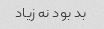
بد بود نه زیاد